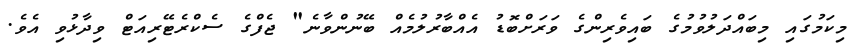
މިކަމުގައި މިބައްދަލުވުމުގެ ބައިވެރިންގެ ވަރަށްބޮޑު އެއްބާރުލުމެއް ބޭނުންވާނެ" ޖެފްގެ ސެކްރެޓޭރިއަޓް ވިދާޅުވި އެވެ.